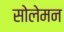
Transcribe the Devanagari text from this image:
सोलेमन